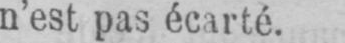
n’est pas écarté.